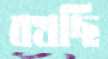
বখছি